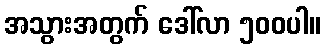
အသွားအတွက် ဒေါ်လာ ၅၀၀ပါ။